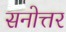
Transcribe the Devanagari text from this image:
सनोत्तर